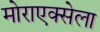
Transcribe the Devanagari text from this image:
मोराएक्सेला